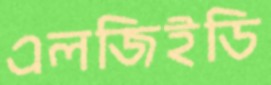
এলজিইডি